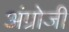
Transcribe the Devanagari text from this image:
अंग्रोजी